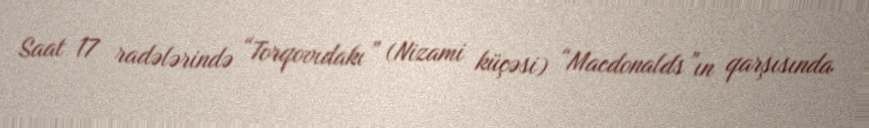
Saat 17 radələrində “Torqovıdakı” (Nizami küçəsi) “Macdonalds”ın qarşısında